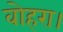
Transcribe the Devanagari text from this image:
वोहरा।